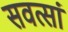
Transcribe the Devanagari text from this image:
सवत्सां